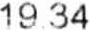
19.34